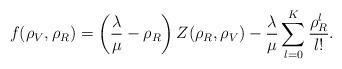
LaTeX: \begin{align*}f(\rho_V, \rho_R) = \left(\frac{\lambda}{\mu}-\rho_R \right)Z(\rho_R, \rho_V) - \frac{\lambda}{\mu}\sum\limits_{l=0}^K \frac{\rho_R^l}{l!}.\end{align*}